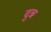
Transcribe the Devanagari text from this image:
दुन्न